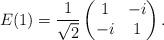
LaTeX: \begin{align*}E(1) = \frac{1}{\sqrt{2}}\left(\begin{matrix}1 & -i\\-i & 1\end{matrix}\right).\end{align*}